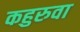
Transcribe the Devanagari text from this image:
कहुरुवा